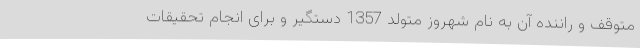
متوقف و راننده آن به نام شهروز متولد 1357 دستگیر و برای انجام تحقیقات